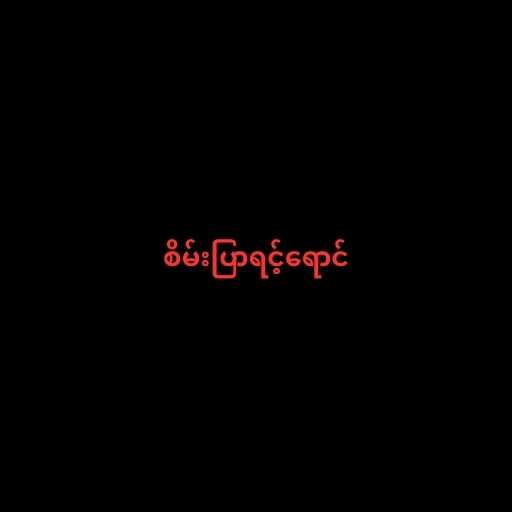
စိမ်းပြာရင့်ရောင်